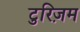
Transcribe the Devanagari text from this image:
टुरिज़म